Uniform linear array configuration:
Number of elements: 4
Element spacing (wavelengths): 0.5
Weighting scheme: hamming
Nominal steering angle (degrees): -60
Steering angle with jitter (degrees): -60.97
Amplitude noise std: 0.05
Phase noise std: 0.05

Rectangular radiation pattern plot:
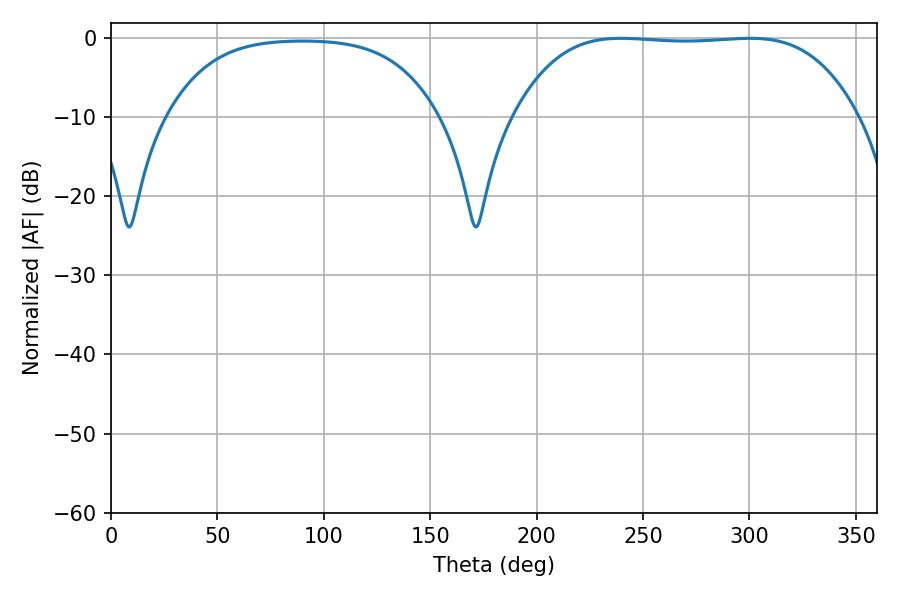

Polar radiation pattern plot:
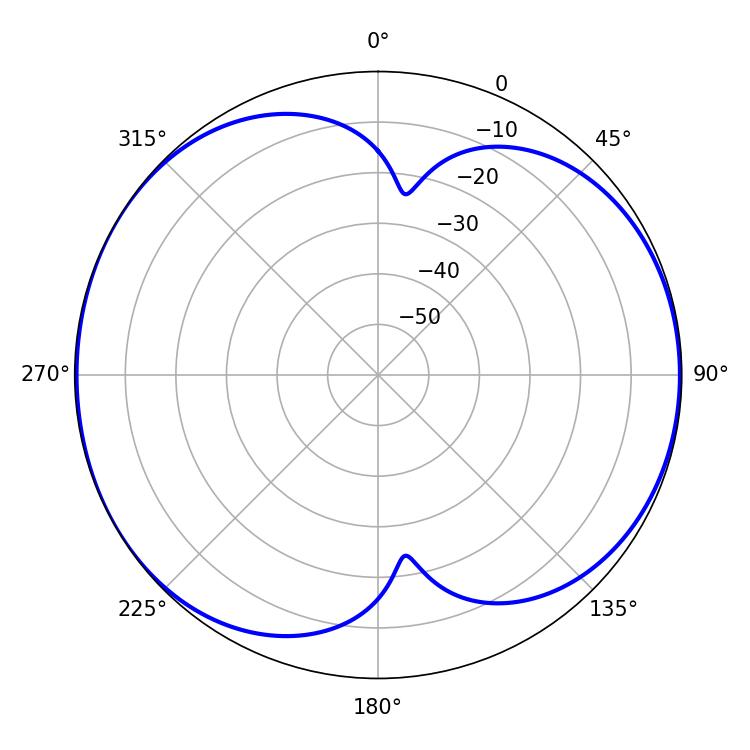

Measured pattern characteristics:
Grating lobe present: FALSE
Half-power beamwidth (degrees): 124.92
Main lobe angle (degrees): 239.58